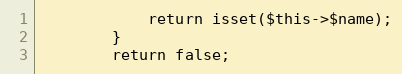
Language: PHP
            return isset($this->$name);
        }
        return false;